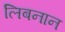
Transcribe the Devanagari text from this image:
लिबनान